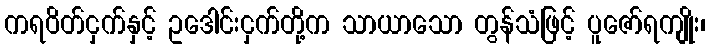
ကရဝိတ်ငှက်နှင့် ဥဒေါင်းငှက်တို့က သာယာသော တွန်သံဖြင့် ပူဇော်ရကျိုး၊